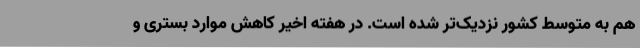
هم به متوسط کشور نزدیک‌تر شده است. در هفته اخیر کاهش موارد بستری و